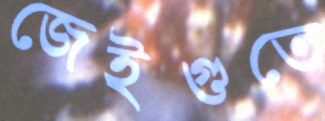
জেইগুতে